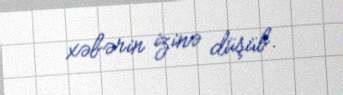
xəbərin izinə düşüb.